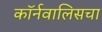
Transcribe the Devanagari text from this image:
कॉर्नवालिसचा